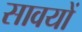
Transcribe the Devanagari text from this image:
सावयों